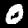
Label: 0